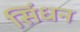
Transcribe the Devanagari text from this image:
सिंधन